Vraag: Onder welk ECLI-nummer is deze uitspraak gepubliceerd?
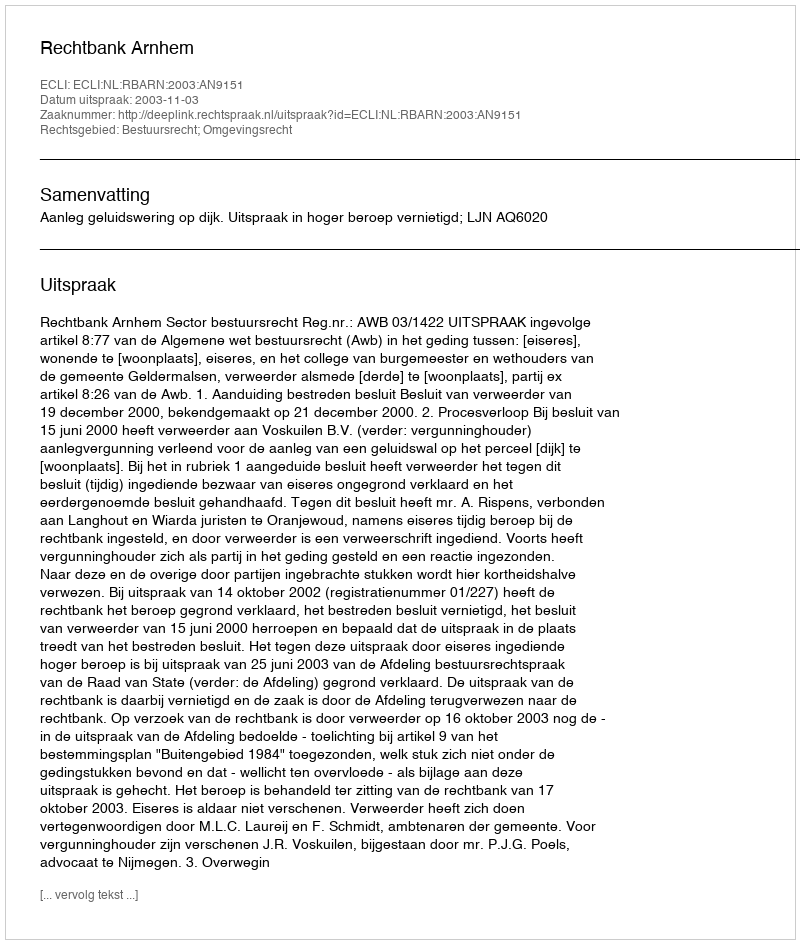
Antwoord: ECLI:NL:RBARN:2003:AN9151